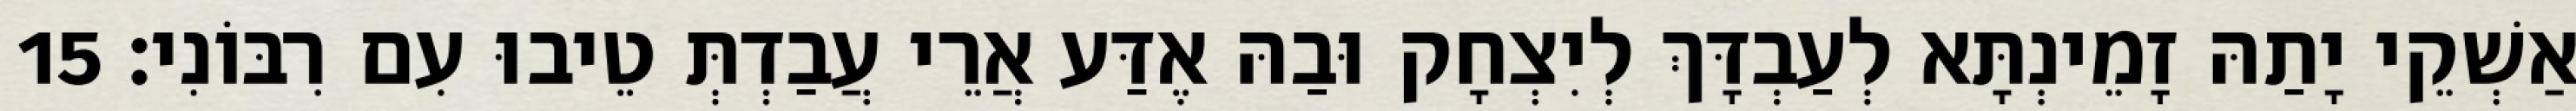
אַשְׁקֵי יָתַהּ זָמֵינְתָּא לְעַבְדָּךְ לְיִצְחָק וּבַהּ אֶדַּע אֲרֵי עֲבַדְתְּ טֵיבוּ עִם רִבּוֹנִי׃ 15